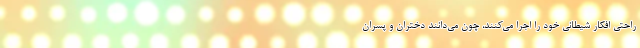
راحتی افکار شیطانی خود را اجرا می‌کنند، چون می‌دانند دختران و پسران